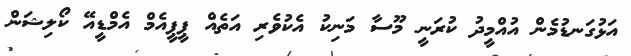
އަޅުގަނޑުމެން އުއްމީދު ކުރަނީ މޫސާ މަނިކު އެކުވެރި އަތެެއް ޕީޕީއެމް އެމްޑީއޭ ކޯލިޝަން